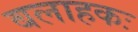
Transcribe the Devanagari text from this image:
बलाहकः